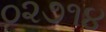
૦૨૭૧૪